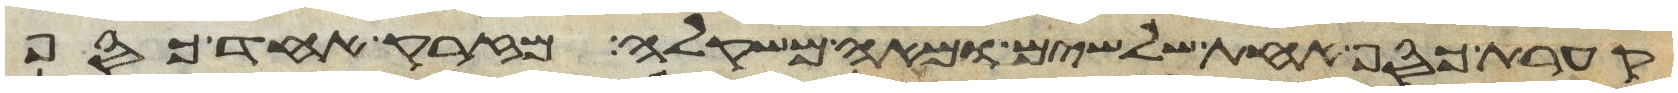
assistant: קערת כסף אחת שלשים ומאה משקלה מזרק אחד כסף